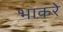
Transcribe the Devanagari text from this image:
भाकरे